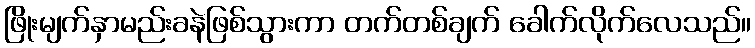
ဖြိုးမျက်နှာမည်းခနဲဖြစ်သွားကာ တက်တစ်ချက် ခေါက်လိုက်လေသည်။